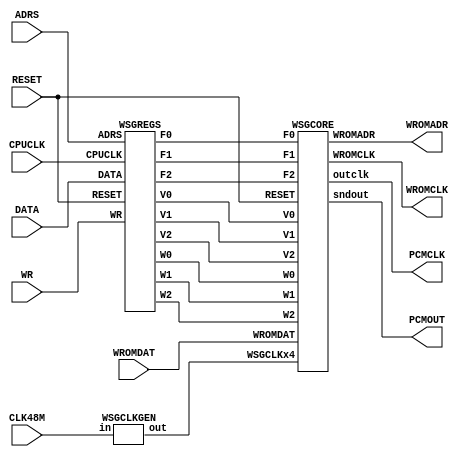
//------------------------------------------------------------------------------
// SPDX-License-Identifier: GPL-3.0-or-later
// SPDX-FileType: SOURCE
// SPDX-FileCopyrightText: (c) 2017 MiSTer-X
//------------------------------------------------------------------------------
// FPGA DigDug (Wave-base Sound Generator [3ch])
//------------------------------------------------------------------------------

`timescale 1 ps / 1 ps

module WSG_3CH
    (
        input        CLK48M,
        input        RESET,

        input        CPUCLK,
        input  [4:0] ADRS,
        input  [3:0] DATA,
        input        WR,

        output       WROMCLK,
        output [7:0] WROMADR,
        input  [3:0] WROMDAT,

        output       PCMCLK,
        output [7:0] PCMOUT
    );

    wire WSGCLKx4;
    WSGCLKGEN cgen( CLK48M, WSGCLKx4 );

    wire  [2:0] W0, W1, W2;
    wire  [3:0] V0, V1, V2;
    wire [19:0] F0;
    wire [15:0] F1, F2;

    WSGREGS regs
            (
                RESET,
                CPUCLK, ADRS, WR, DATA,

                W0, W1, W2,
                V0, V1, V2,
                F0, F1, F2
            );

    WSGCORE core
            (
                RESET, WSGCLKx4,
                WROMCLK, WROMADR, WROMDAT,

                W0, W1, W2,
                V0, V1, V2,
                F0, F1, F2,

                PCMCLK, PCMOUT
            );

endmodule


module WSGREGS
    (
        input             RESET,
        input             CPUCLK,
        input       [4:0] ADRS,
        input             WR,
        input       [3:0] DATA,

        output reg  [2:0] W0,
        output reg  [2:0] W1,
        output reg  [2:0] W2,

        output reg  [3:0] V0,
        output reg  [3:0] V1,
        output reg  [3:0] V2,

        output reg [19:0] F0,
        output reg [15:0] F1,
        output reg [15:0] F2
    );

    always @ ( posedge CPUCLK or posedge RESET ) begin

        if ( RESET ) begin

            W0 <= 0;
            W1 <= 0;
            W2 <= 0;

            F0 <= 0;
            F1 <= 0;
            F2 <= 0;

            V0 <= 0;
            V1 <= 0;
            V2 <= 0;

        end
        else begin

            if ( WR )
            case ( ADRS )

                5'h05: W0 <= DATA[2:0];
                5'h0A: W1 <= DATA[2:0];
                5'h0F: W2 <= DATA[2:0];

                5'h15: V0 <= DATA;
                5'h1A: V1 <= DATA;
                5'h1F: V2 <= DATA;

                5'h10: F0[3:0]   <= DATA;
                5'h11: F0[7:4]   <= DATA;
                5'h12: F0[11:8]  <= DATA;
                5'h13: F0[15:12] <= DATA;
                5'h14: F0[19:16] <= DATA;

                5'h16: F1[3:0]   <= DATA;
                5'h17: F1[7:4]   <= DATA;
                5'h18: F1[11:8]  <= DATA;
                5'h19: F1[15:12] <= DATA;

                5'h1B: F2[3:0]   <= DATA;
                5'h1C: F2[7:4]   <= DATA;
                5'h1D: F2[11:8]  <= DATA;
                5'h1E: F2[15:12] <= DATA;

                default: ;

            endcase

        end

    end

endmodule


module WSGCORE
    (
        input            RESET,
        input            WSGCLKx4,

        output           WROMCLK,
        output     [7:0] WROMADR,
        input      [3:0] WROMDAT,

        input      [2:0] W0,
        input      [2:0] W1,
        input      [2:0] W2,

        input      [3:0] V0,
        input      [3:0] V1,
        input      [3:0] V2,

        input     [19:0] F0,
        input     [15:0] F1,
        input     [15:0] F2,

        output reg       outclk,
        output reg [7:0] sndout
    );

    reg   [7:0] waveadr, cc1, cc2;

    reg  [19:0] c0;
    reg  [15:0] c1, c2;

    reg   [3:0] wavevol;
    wire  [7:0] waveout = wavevol * WROMDAT;

    reg   [9:0] sndmix;
    wire [10:0] sndmixdown = { 1'b0, sndmix };

    reg   [1:0] phase;
    always @ ( posedge WSGCLKx4 or posedge RESET ) begin

        if ( RESET ) begin
            phase  <= 2'h0;
            sndout <= 8'h00;
            outclk <= 1'b0;
            cc1    <= 8'h00;
            cc2    <= 8'h00;
        end
        else begin

            case ( phase )

                2'h0: begin
                    sndout  <= ( sndmixdown[9:2] | {8{sndmixdown[10]}} );

                    cc1     <= {W1,c1[15:11]};
                    cc2     <= {W2,c2[15:11]};

                    sndmix  <= 10'h000;
                    waveadr <= {W0,c0[19:15]};
                    wavevol <= (F0!=0) ? V0 : 4'h0;
                end

                2'h1: begin
                    outclk  <= 1'b1;
                    sndmix  <= sndmix + waveout;

                    waveadr <= cc1;
                    wavevol <= (F1!=0) ? V1 : 4'h0;
                end

                2'h2: begin
                    sndmix  <= sndmix + waveout;

                    waveadr <= cc2;
                    wavevol <= (F2!=0) ? V2 : 4'h0;
                end

                2'h3: begin
                    outclk  <= 1'b0;
                    sndmix  <= sndmix + waveout;
                end

                default: ;

            endcase

            phase <= phase+1'b1;

            c0 <= c0 + F0;
            c1 <= c1 + F1;
            c2 <= c2 + F2;

        end

    end

    assign WROMCLK = ~WSGCLKx4;
    assign WROMADR = waveadr;

endmodule


/**
 * Clock Generator
 * in: 48000000Hz -> out: 96000Hz
 */
module WSGCLKGEN( input in, output reg out );
    reg [7:0] count;
    always @( posedge in ) begin
        if (count > 8'd249) begin
            count <= count - 8'd249;
            out <= ~out;
        end
        else
            count <= count + 8'd1;
    end
endmodule